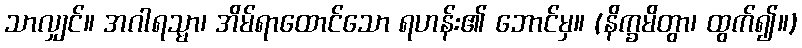
သာလျှင်။ အဂါရသ္မာ၊ အိမ်ရာထောင်သော ရဟန်း၏ ဘောင်မှ။ (နိက္ခမိတွာ၊ ထွက်၍။)